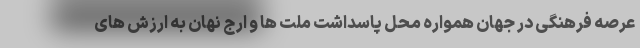
عرصه فرهنگی در جهان همواره محل پاسداشت ملت ها و ارج نهان به ارزش های